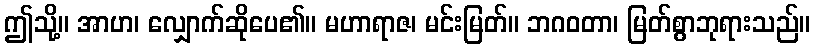
ဤသို့။ အာဟ၊ လျှောက်ဆိုပေ၏။ မဟာရာဇ၊ မင်းမြတ်။ ဘဂဝတာ၊ မြတ်စွာဘုရားသည်။